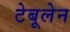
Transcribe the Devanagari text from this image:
टेबूलेन